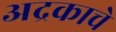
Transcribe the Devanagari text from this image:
अद्रकाचे